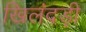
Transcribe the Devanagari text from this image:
खिलंदड़ी